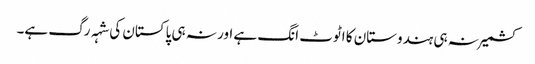
کشمیر نہ ہی ہندوستان کا اٹوٹ انگ ہے اور نہ ہی پاکستان کی شہہ رگ ہے۔